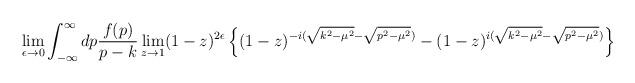
LaTeX: \begin{align*}\lim_{\epsilon \rightarrow 0}\int_{-\infty}^{\infty}dp \frac{f(p)}{p-k}\lim_{z \rightarrow 1}(1-z)^{2 \epsilon}\left\{ (1-z)^{-i(\sqrt{k^2-\mu^2}-\sqrt{p^2-\mu^2})}-(1-z)^{i(\sqrt{k^2-\mu^2}-\sqrt{p^2-\mu^2})}\right\}\end{align*}